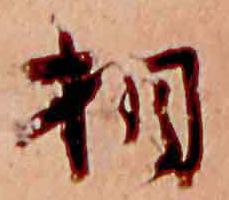
相